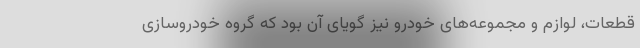
قطعات، لوازم و مجموعه‌های خودرو نیز گویای آن بود که گروه خودروسازی